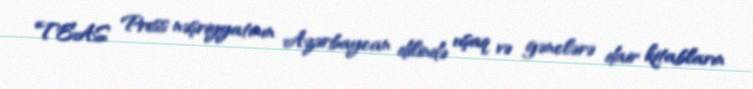
TEAS Press nəşriyyatının Azərbaycan dilində uşaq və gənclərə dair kitabların